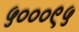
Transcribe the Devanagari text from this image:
५०००९५